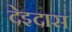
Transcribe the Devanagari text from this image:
देइदास